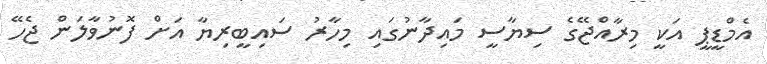
އެމްޑީޕީ އަކީ މިރާއްޖޭގެ ސިޔާސީ މައިދާނުގައި މިހާރު ސައިބީރިޔާ އަށް ފޮނުވާލަން ޖެހޭ